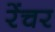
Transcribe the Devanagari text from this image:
रेंचर